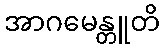
အာဂမေန္တူတိ